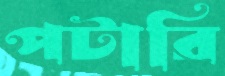
পটারি